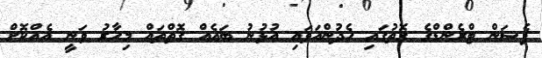
ފެޝަން ޓްރެންޑްގެ ގޮތުގައި ހެދުންއަޅައި އުޅުނު ބައެއް ގޮތްތައް މިހާރު ވަނީ އެއްކޮށް